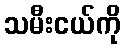
သမီးငယ်ကို